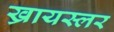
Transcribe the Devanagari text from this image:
ख्रायस्लर